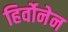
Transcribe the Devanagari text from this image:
हिर्वोनेन